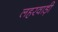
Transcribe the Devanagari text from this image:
लहरवाड़ी